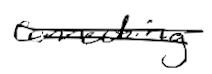
Text: connecting
Cross-out: double-line
Writing tool: digital_black